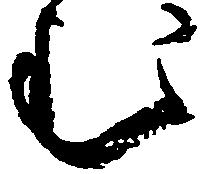
む